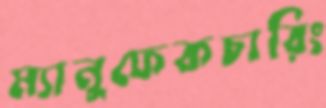
ম্যানুফেকচারিং